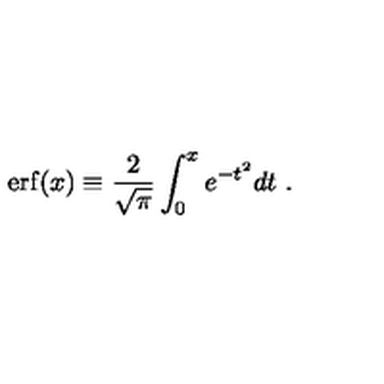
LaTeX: \mathrm { e r f } ( x ) \equiv { \frac { 2 } { \sqrt { \pi } } } \int _ { 0 } ^ { x } e ^ { - t ^ { 2 } } d t \ .